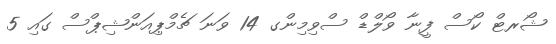
ޝޯރޓް ކޯސް ފީނާ ވޯލްޑް ސްވިމިންގ 14 ވަނަ ޗެމްޕިއަންޝިޕްސް ގައި 5